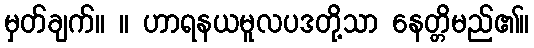
မှတ်ချက်။ ။ ဟာရနယမူလပဒတို့သာ နေတ္တိမည်၏။